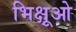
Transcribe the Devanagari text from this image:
भिक्षूओ